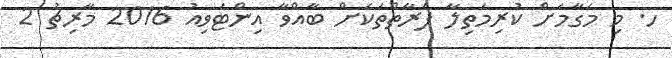
ހ. މި މަގާމަށް ކުރިމަތިލާ ފަރާތްތަކަށް ބާއްވާ އިންޓަވިއު 2016 މާރިޗު 2